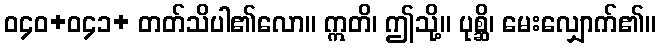
ဝ၄၀+ဝ၄၁+ တတ်သိပါ၏လော။ ဣတိ၊ ဤသို့။ ပုစ္ဆိ၊ မေးလျှောက်၏။